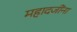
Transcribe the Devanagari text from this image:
महादजींना